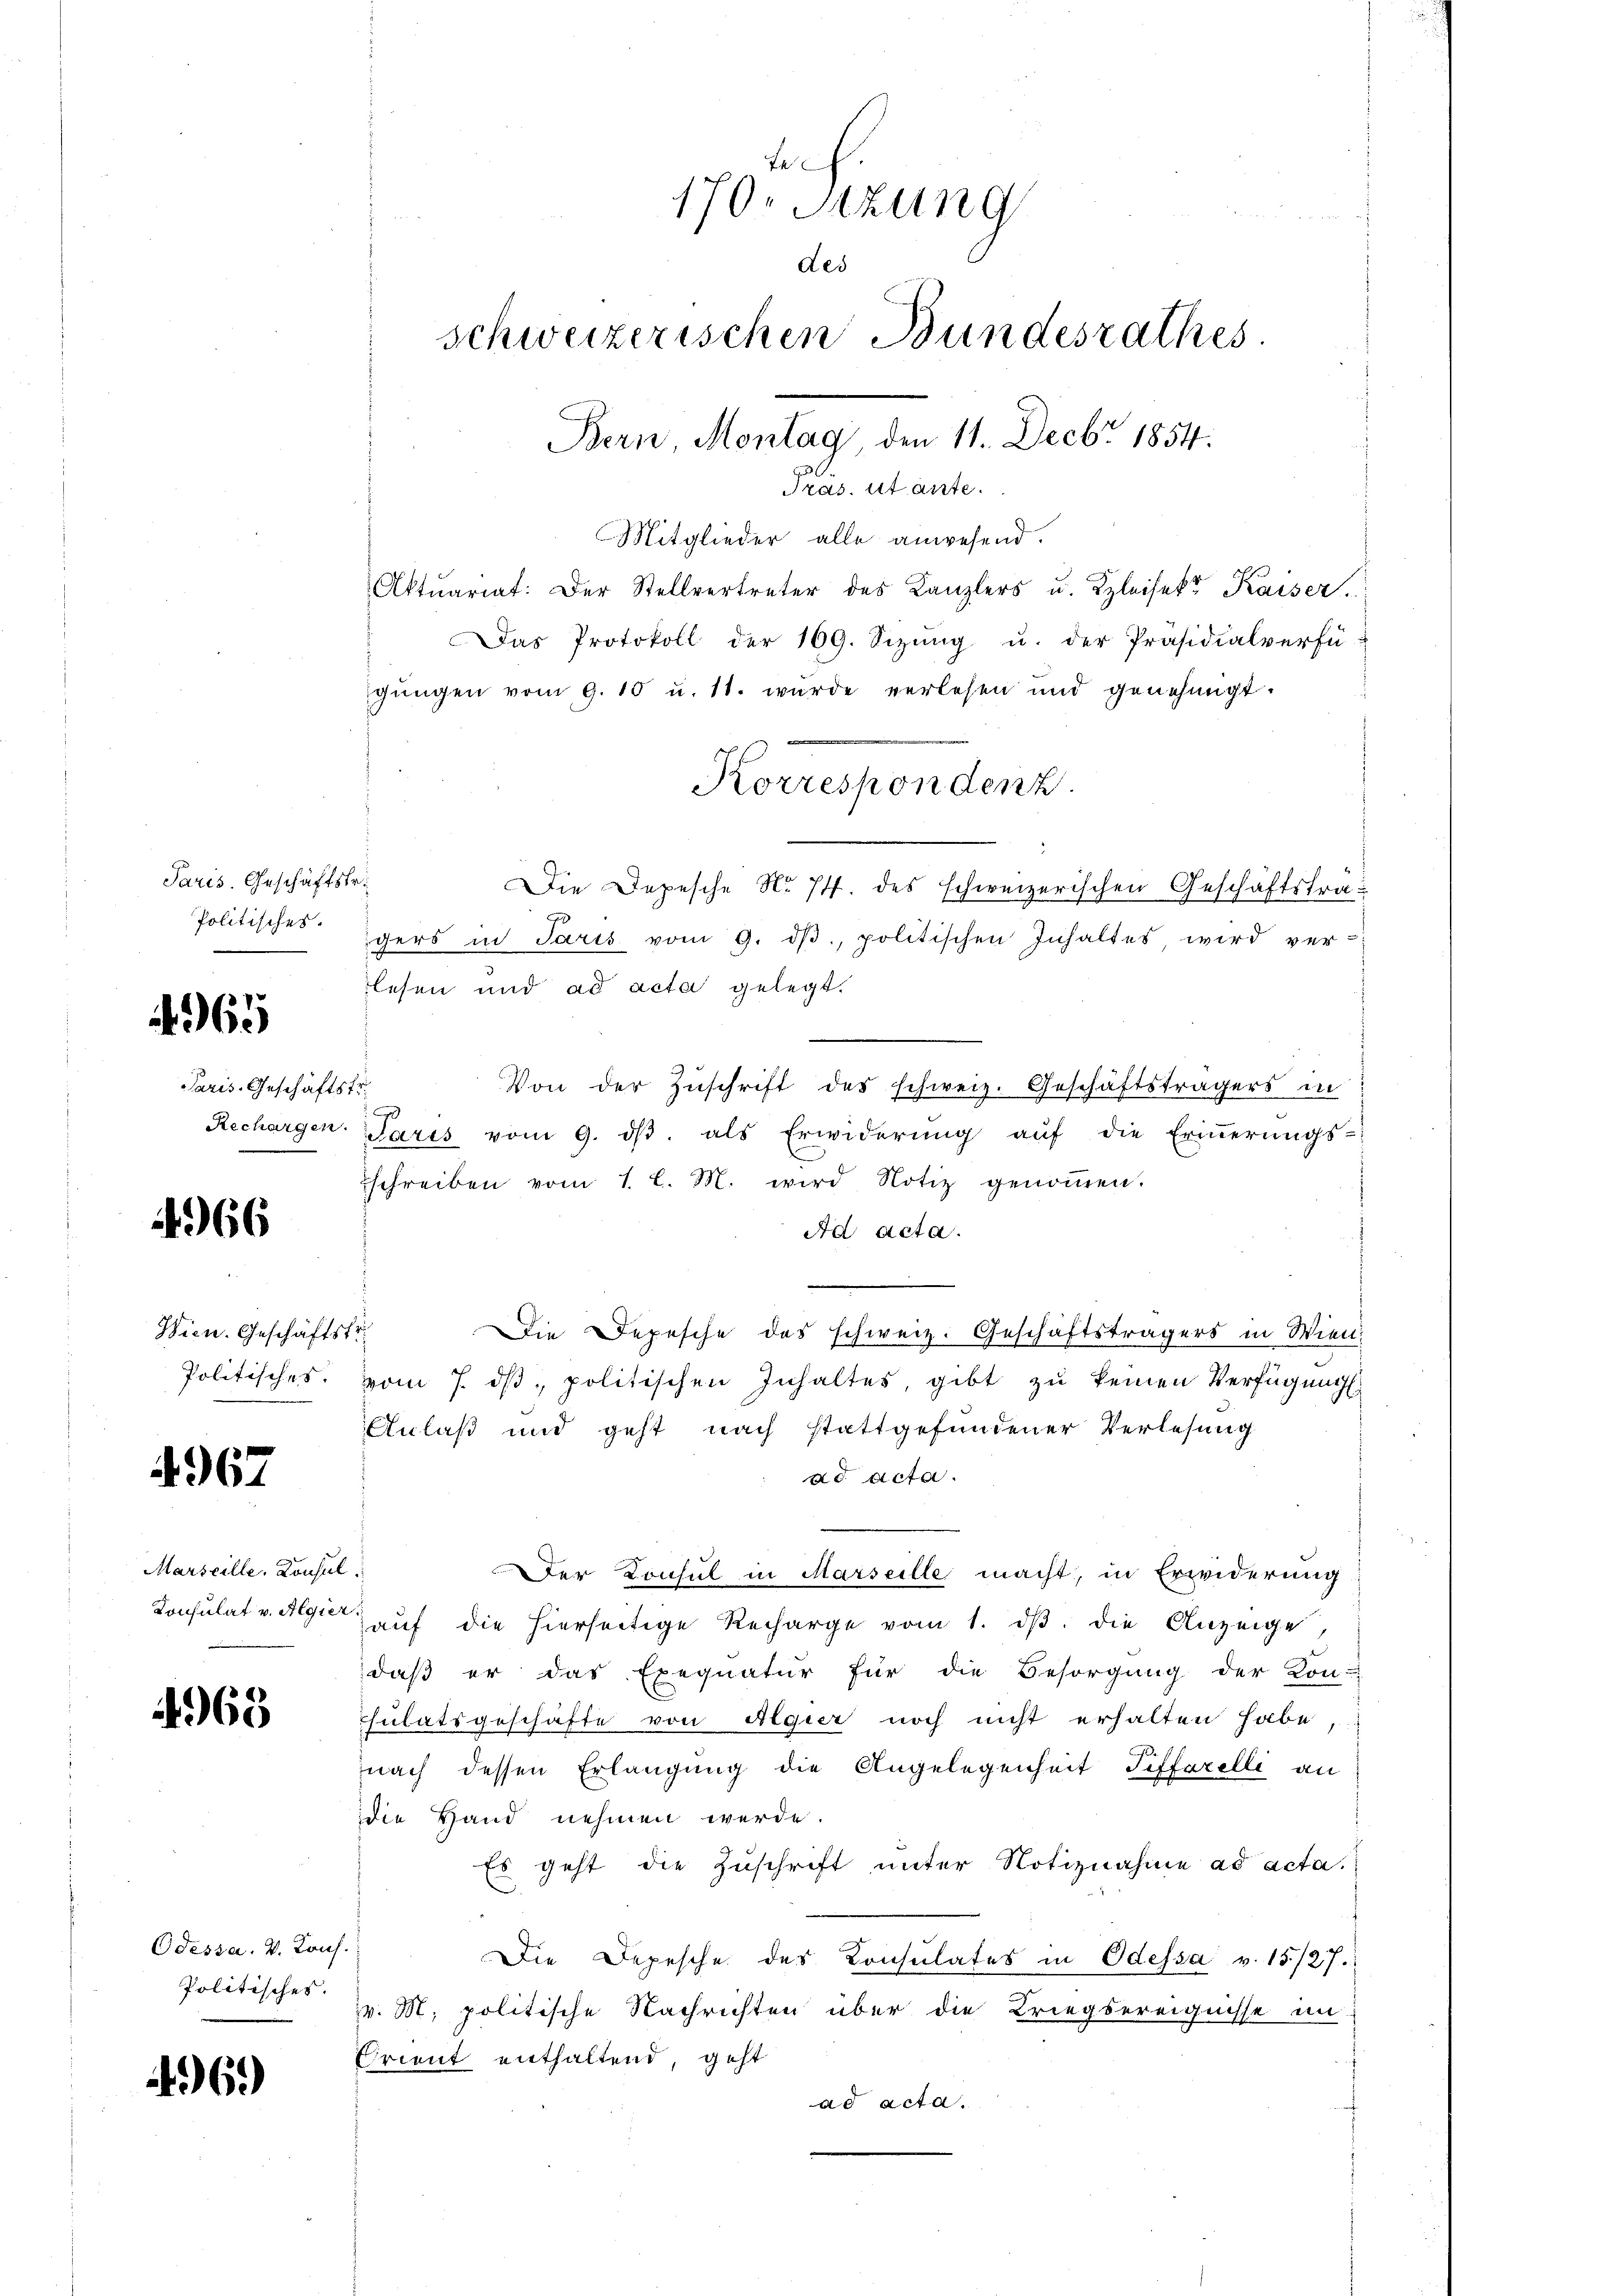
Paris. Geschäftsfr.
Politisches.

962

4966

Wien. Geschäfts
Politisches.

4967

Marseille, Konsu
Konsulat v. Algier

4969

Odessa. V. Lon
Politisches.

69)

Paris. Geschäfts
Rechargen.

170. Sizung
des
schweizerischen Bundesrathes
Bern, Montag, den 11. Decbr. 1854.
Pras. citante.

Korrespondenz

Mitglieder alle anwesend.
Aktuariat: Der Stellvertreter des Kanzlers u. Kleisekt Kaiser
Das Protokoll der 169. Sizŭng u. der Präsidialverfü-
gŭngen vom 9. 10 u. 11. wurde verlesen und genehmigt.
Die Depesche No 74. des schweizerischen Geschäftstragers in Paris vom 9. dβ, politischen Inhaltes wird ver-
lesen und ad acta gelegt.
Von der Zŭschrift des schweiz. Geschäftsträgers in
f
Paris vom 9. dβ. als Erwiderŭng aŭf die Eriṅerŭngs-
schreiben vom 1. l. M. wird Notiz genoṁen.
Ad acta.
d
e
r
Die Depesche das schweiz. Geschäftsträgers in Wien
vom 7. ds, politischen Inhaltes, gibt zu keinen Verfügung
Anlaß und geht nach stattgefundener Verlesung
ad Acta.
d
Der Konsul in Marseille macht, in Erwiderung
auf die hierseitige Recharge vom 1. dβ die Anzeige,
daß er das Exequatur für die Besorgung der Kon-
sulatsgeschäfte von Algier noch nicht erhalten habe,
nach dessen Erlangung die Angelegenheit Pifferelli an
die Hand nehmen werde.
Es geht die Zuschrift unter Notiznahme ad acta.
Die Depesche des Consulates in Odessa v. 15/27.
v. M. politische Nachrichten über die Kriegsereignisse in
Crient enthaltend, geht
ad acta.